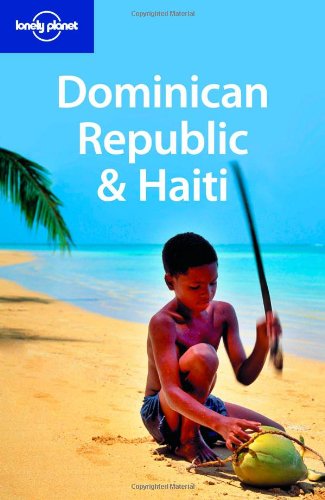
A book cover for Lonely Planet Dominican Republic & Haiti (Country Travel Guide); Paul Clammer; Travel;